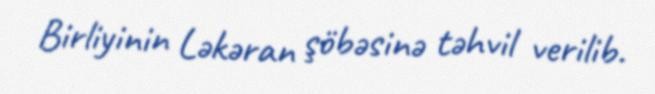
Birliyinin Ləkəran şöbəsinə təhvil verilib.